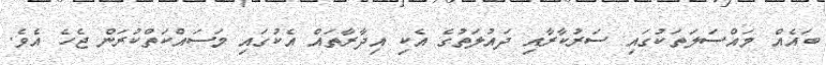
ބައެއް މައްސަލަތަކުގައި ސަރުކާރާއި ދައުލަތުގެ އެކި އިދާރާތައް އެކުގައި މަސައްކަތްކުރަން ޖެހެ އެވެ.